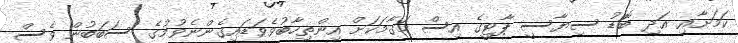
ކަމަށާއި އަދި ބޮޑު ސިޔާސީ ޕާޓީގެ އިސް މަގާމަކަށް އިންތިހާބުވެވަޑައިގެންނެވުމުގެ ސަބަބުން ވެސް